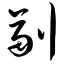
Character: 副